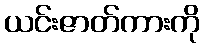
ယင်းဇာတ်ကားကို